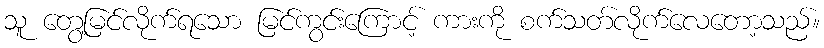
သူ တွေ့မြင်လိုက်ရသော မြင်ကွင်းကြောင့် ကားကို စက်သတ်လိုက်လေတော့သည်။